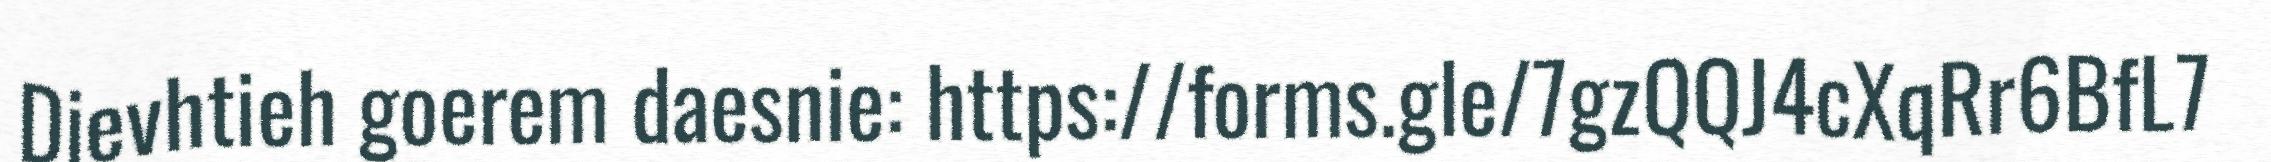
Dievhtieh goerem daesnie: https://forms.gle/7gzQQJ4cXqRr6BfL7